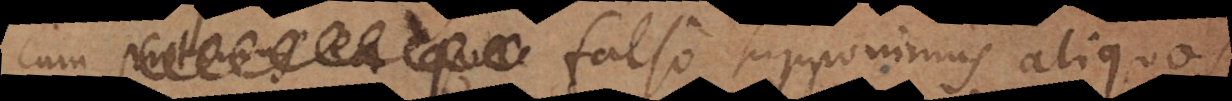
quae falso supponimus aliquos